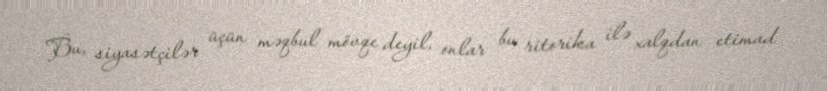
Bu, siyasətçilər üçün məqbul mövqe deyil, onlar bu ritorika ilə xalqdan etimad